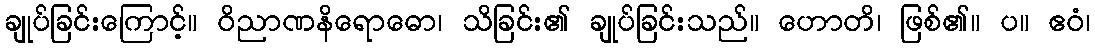
ချုပ်ခြင်းကြောင့်။ ဝိညာဏနိရောဓော၊ သိခြင်း၏ ချုပ်ခြင်းသည်။ ဟောတိ၊ ဖြစ်၏။ ပ။ ဧဝံ၊